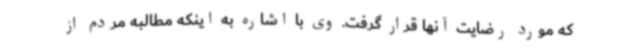
که مورد رضایت آنها قرار گرفت. وی با اشاره به اینکه مطالبه مردم از